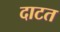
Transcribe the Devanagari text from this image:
दाटत